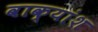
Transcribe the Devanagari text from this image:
वाक्‍यांश